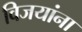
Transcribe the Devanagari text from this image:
विजयांना